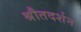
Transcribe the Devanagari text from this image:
श्रौतदर्शन